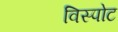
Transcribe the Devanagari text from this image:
विस्पोट